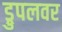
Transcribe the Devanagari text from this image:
ड्रुपलवर